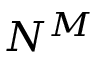
N ^ { M }